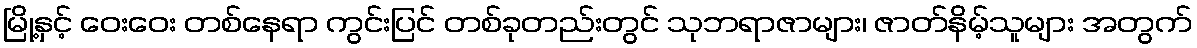
မြို့နှင့် ဝေးဝေး တစ်နေရာ ကွင်းပြင် တစ်ခုတည်းတွင် သုဘရာဇာများ၊ ဇာတ်နိမ့်သူများ အတွက်